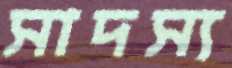
সাদস্য